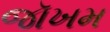
જૉખમ